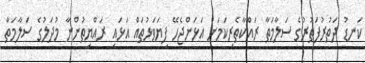
ކަނޑު ދަތުރުފަތުރުގެ ސަލާމަތާ ރައްކާތެރިކަމަށް އަޅަންޖެހޭ ފިޔަވަޅުތައް އަޅައި ރައްޔިތުންނާ މުދަލުގެ ސަލާމަތާ